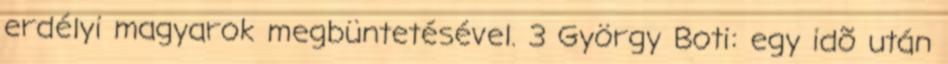
erdélyi magyarok megbüntetésével. 3 György Boti: egy idõ után